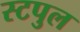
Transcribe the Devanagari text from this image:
स्टपुल